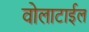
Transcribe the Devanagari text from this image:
वोलाटाईल